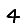
Digit: 4